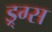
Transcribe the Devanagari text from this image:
ड्र्ग्स